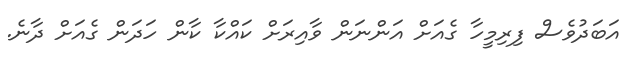
އަބަދުވެސް ފިރިމީހާ ގެއަށް އަންނަން ވާއިރަށް ކައްކާ ކާން ހަދަން ގެއަށް ދާނެ.